Vaccination Hyderabad 1872-1889 - 1872-1889
Year: 1872
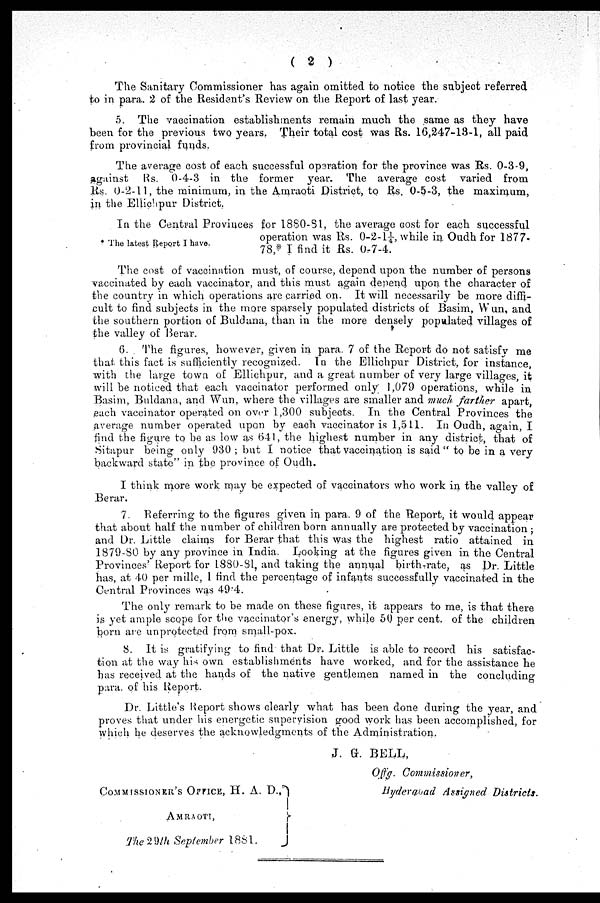
( 2 )
The Sanitary Commissioner has again omitted to notice the subject referred
to in para. 2 of the Resident's Review on the Report of last year.
5. The vaccination establishments remain much the same as they have
been for the previous two years, Their total cost was Rs. 16,247-13-1, all paid
from provincial funds.
The average cost of each successful operation for the province was Rs. 0-3-9,
against Rs. 0-4-3 in the former year. The average cost varied from
Rs. 0-2-11, the minimum, in the Amraoti District, to Rs. 0-5-3, the maximum,
in the Ellichpur District.
* The latest Report I have.
In the Central Provinces for 1880-81, the average cost for each successful
operation was Rs. 0-2-1¼, while in Oudh for 1877-
78,* I find it Rs. 0-7-4.
The cost of vaccination must, of course, depend upon the number of persons
vaccinated by each vaccinator, and this must again depend upon the character of
the country in which operations are carried on. It will necessarily be more diffi¬
cult to find subjects in the more sparsely populated districts of Basim, Wun, and
the southern portion of Buldana, than in the more densely populated villages of
the valley of Berar.
6. The figures, however, given in para. 7 of the Report do not satisfy me
that this fact is sufficiently recognized. In the Ellichpur District, for instance,
with the large town of Ellichpur, and a great number of very large villages, it
will be noticed that each vaccinator performed only; 1,079 operations, while in
Basim, Buldana, and Wun, where the villages are smaller and much farther apart,
each vaccinator operated on over 1,300 subjects. In the Central Provinces the
average number operated upon by each vaccinator is 1,511. In Oudh, again, I
find the figure to be as low as 641, the highest number in any district, that of
Sitapur being only 930 ; but I notice that vaccination is said " to be in a very
backward state" in the province of Oudh.
I think more work may be expected of vaccinators who work in the valley of
Berar.
7. Referring to the figures given in para. 9 of the Report, it would appear
that about half the number of children born annually are protected by vaccination ;
and Dr. Little claims for Berar that this was the highest ratio attained in
1879-80 by any province in India. Looking at the figures given in the Central
Provinces' Report for 1880-81, and taking the annual birth-rate, as Dr. Little
has, at 40 per mille, I find the percentage of infants successfully vaccinated in the
Central Provinces was 49.4.
The only remark to be made on these figures, it appears to me, is that there
is yet ample scope for the vaccinator's energy, while 50 per cent. of the children
born are unprotected from small-pox.
8. It is gratifying to find that Dr. Little is able to record his satisfac-
tion at the way his own establishments have worked, and for the assistance he
has received at the hands of the native gentlemen named in the concluding
para. of his Report.
Dr. Little's Report shows clearly what has been done during the year, and
proves that under his energetic supervision good work has been accomplished, for
which he deserves the acknowledgments of the Administration.
J. G. BELL,
Offg. Commissioner,
Hyderabad Assigned Districts.
COMMISSIONER's OFFICE, H. A. D.,
AMRAOTI,
The 29th September 1881.